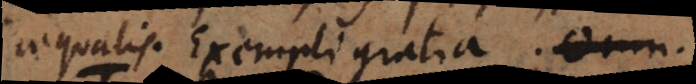
aequalis. Exempli gratia Omne